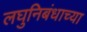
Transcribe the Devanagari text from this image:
लघुनिबंधाच्या